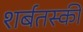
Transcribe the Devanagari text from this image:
शर्बतस्की